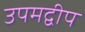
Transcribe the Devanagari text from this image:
उपमद्वीप